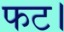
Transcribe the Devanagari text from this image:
फट।